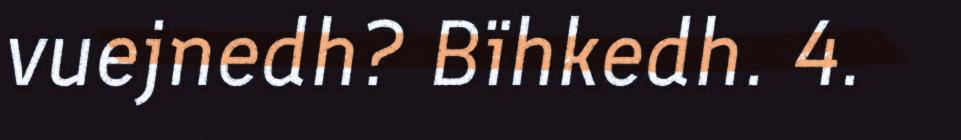
vuejnedh? Bïhkedh. 4.